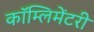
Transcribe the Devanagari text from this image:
कॉम्लिमेंटरी